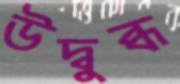
উদ্বুব্ধ